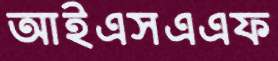
আইএসএএফ